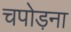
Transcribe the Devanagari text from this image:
चपोड़ना